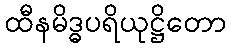
ထီနမိဒ္ဓပရိယုဋ္ဌိတော